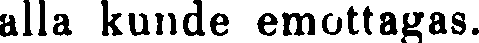
alla kunde emottagas.